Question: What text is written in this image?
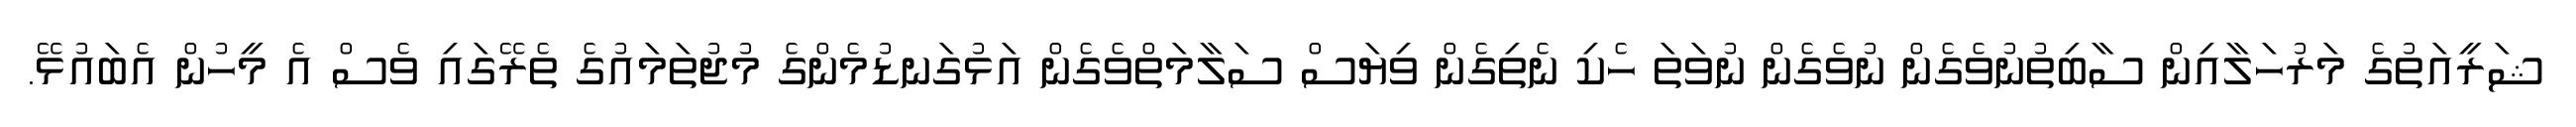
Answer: ޝަރީއަތުގެ މަރުހަލާއިން ސާބިތުނުވެގެން ނުވެގެން ނުވަތަ ހެކި ނެތިގެން ވިޔަސް ސަލާމަތްވެގެން އަޅުގަނޑުމެންގެ މުޖުތަމައުގެ ތެރޭގައި ވެސް އެ މީހުން އެބައުޅޭ.